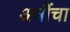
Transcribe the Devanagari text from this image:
अत्रींचा